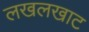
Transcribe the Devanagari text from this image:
लखलखाट